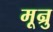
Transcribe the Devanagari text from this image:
मून्रु